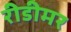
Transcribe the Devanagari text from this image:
रीडीमर